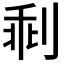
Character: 𠝍